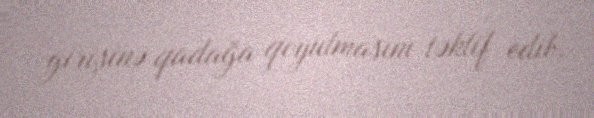
girişinə qadağa qoyulmasını təklif edib.